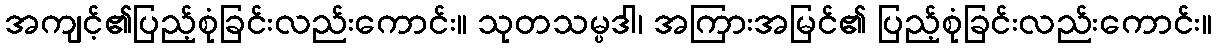
အကျင့်၏ပြည့်စုံခြင်းလည်းကောင်း။ သုတသမ္ပဒါ၊ အကြားအမြင်၏ ပြည့်စုံခြင်းလည်းကောင်း။